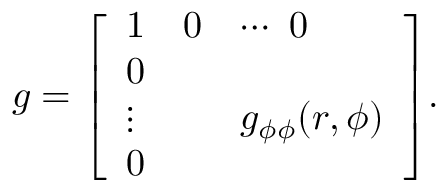
g = { \left[ \begin{array} { l l l } { 1 } & { 0 } & { \cdots \ 0 } \\ { 0 } & { } & { } \\ { \vdots } & { } & { g _ { \phi \phi } ( r , \phi ) } \\ { 0 } & { } & { } \end{array} \right] } .